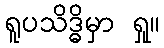
ရူပသိဒ္ဓိမှာ ရှု။